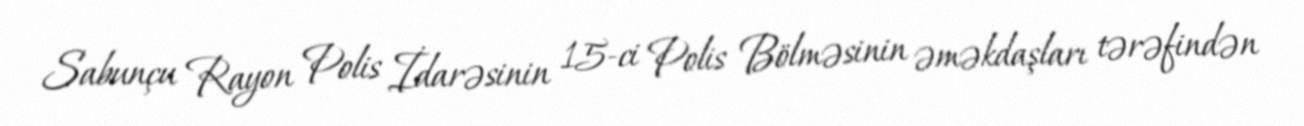
Sabunçu Rayon Polis İdarəsinin 15-ci Polis Bölməsinin əməkdaşları tərəfindən